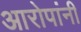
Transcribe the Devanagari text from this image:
आरोपांनी